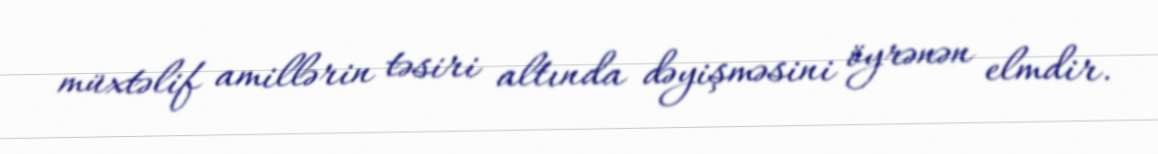
müxtəlif amillərin təsiri altında dəyişməsini öyrənən elmdir.